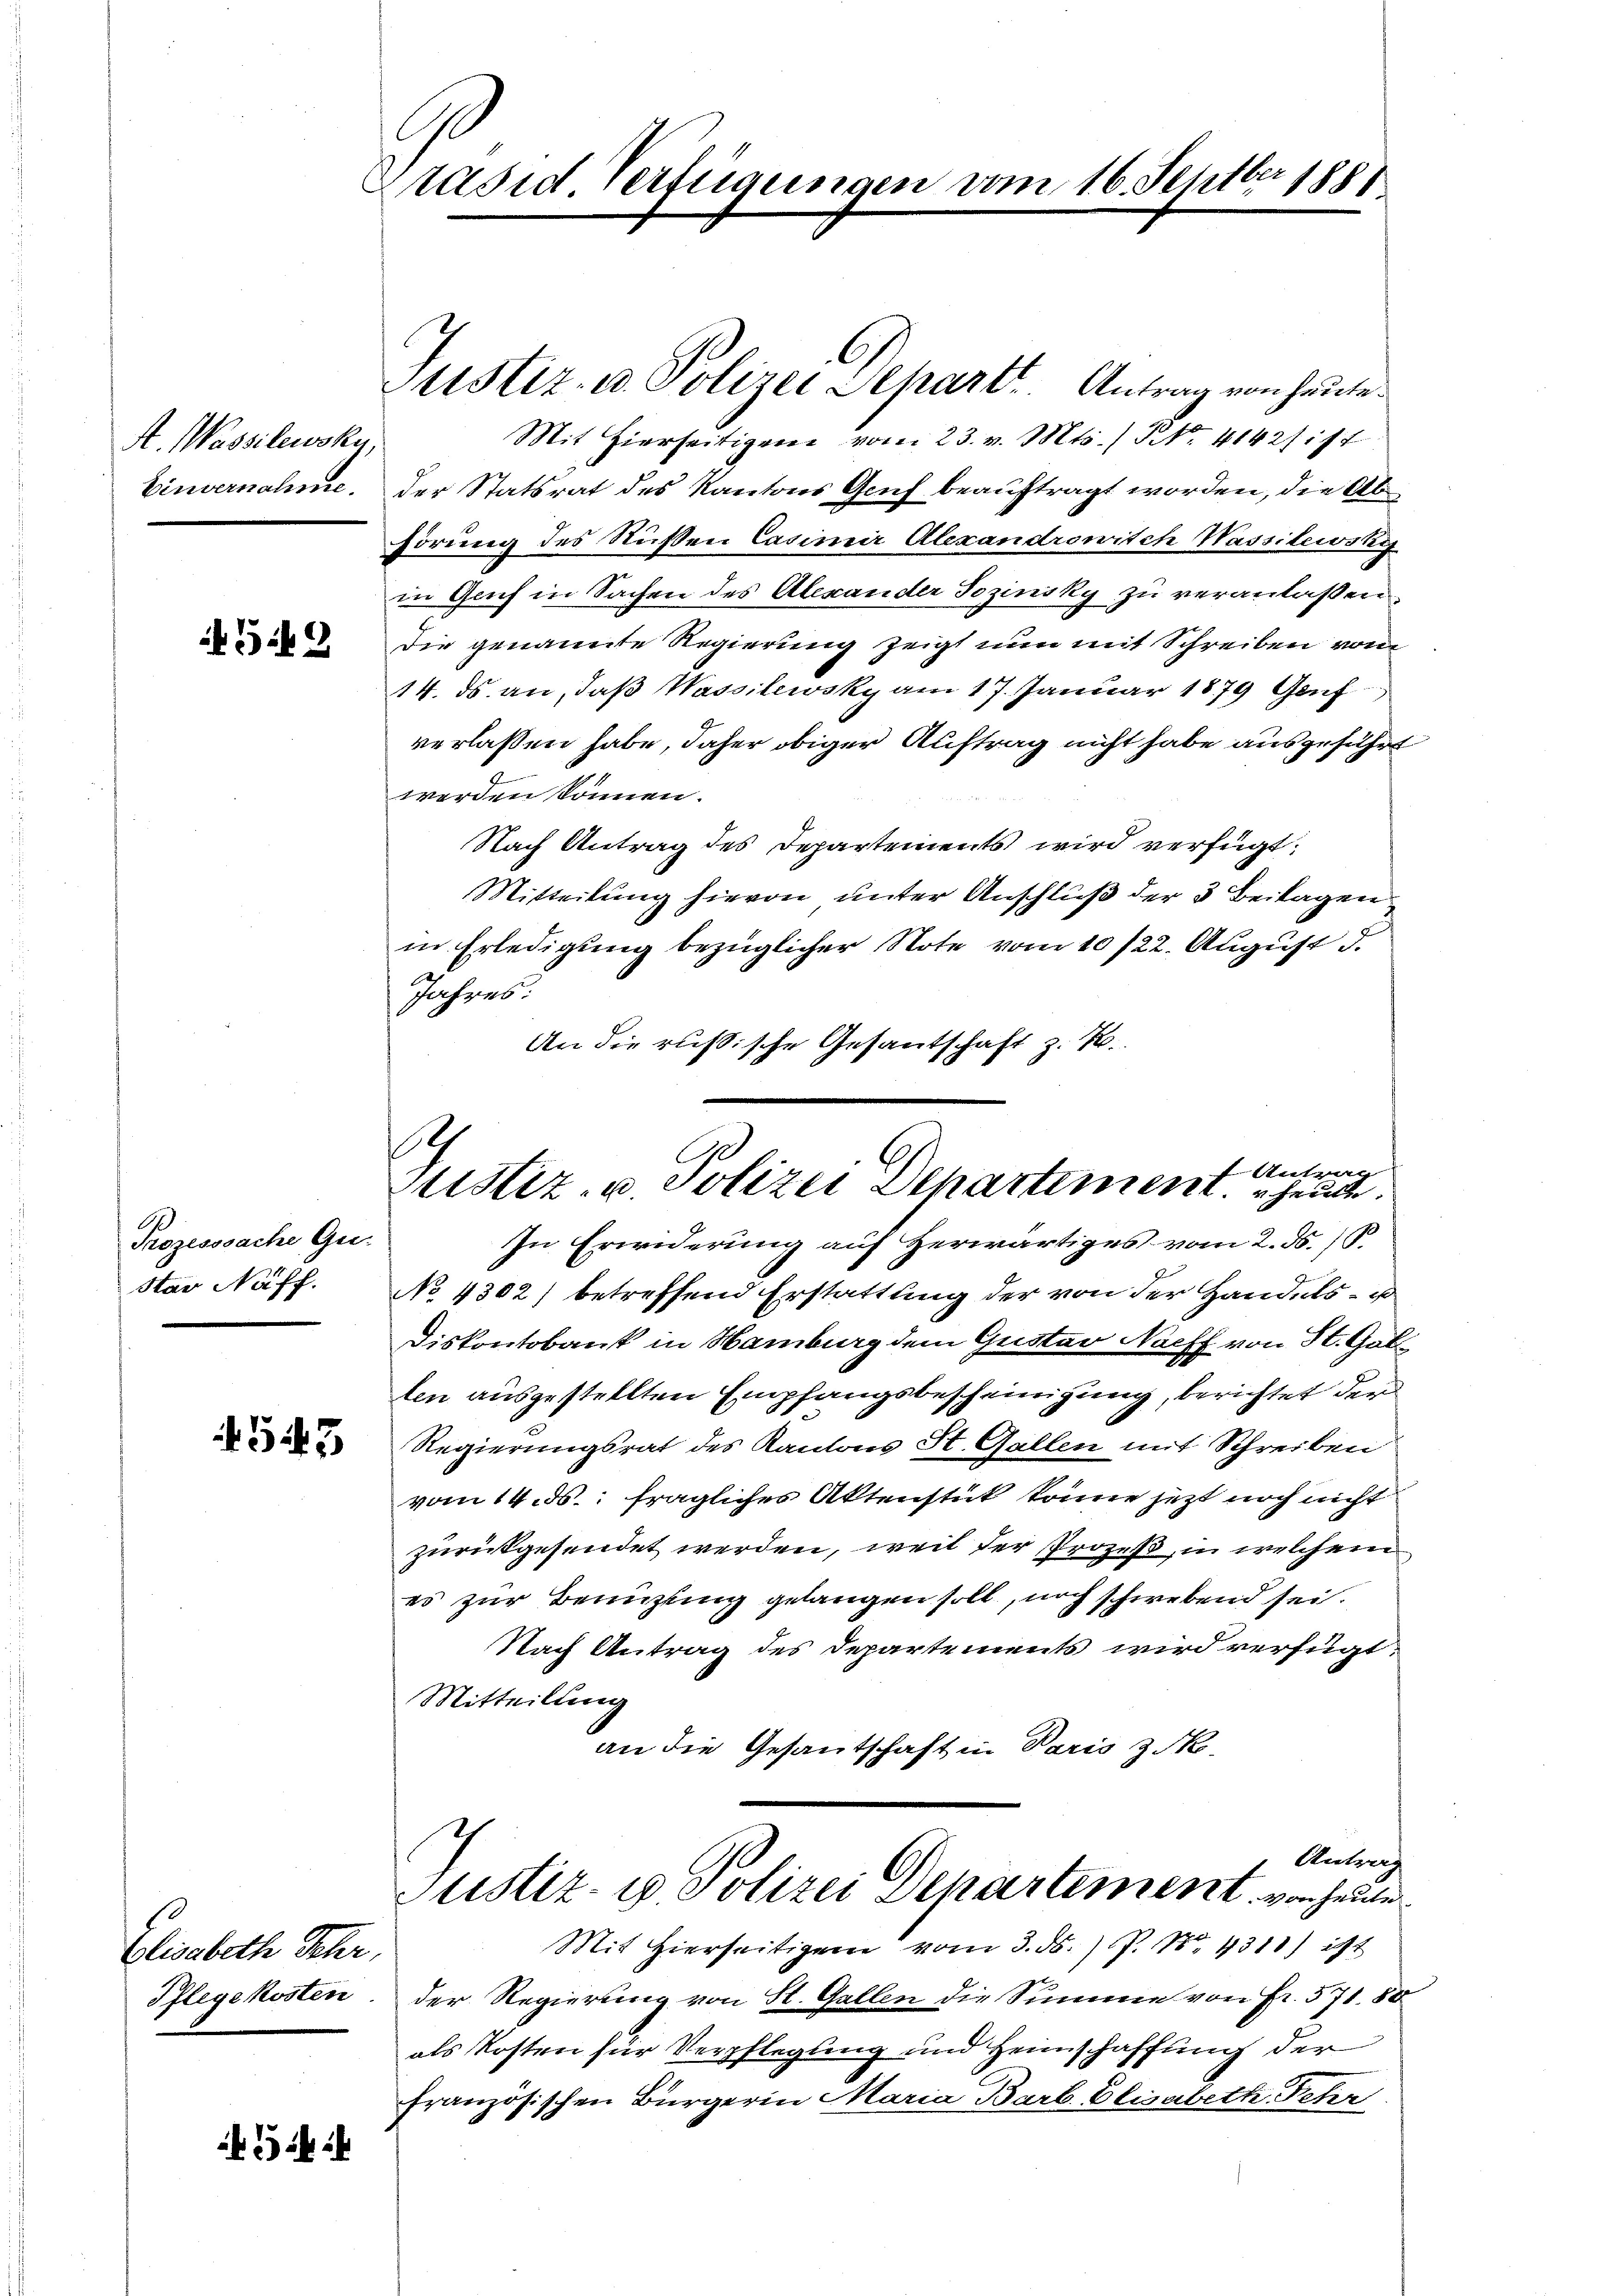
A. Wassilewsky,

542

Prozesssache Gui-
Star Näff.

Elisabeth Schr

Präsid verfügungen vom 16. Septbr 1881

l
Justiz- u. Polizei Separt. Antrag von heute
Mit hierseitigen vom 23. v. Mts. No. 4842 ist
Einvernahme. Der Statsrat des Kantons Genf beauftragt worden, die Abhörung des Nüßen Casimir Alexandrowitch Wassilewsky
in Genf in Sachen des Alexander Sozinsky zu veranlaßen
Die genannte Regierung zeigt nun mit Schreiben vom
14. ds. an, daß Wassilewsky am 17. Januar 1879 Genf
verlassen habe, daher obiger Auftrag nicht habe ausgeführt
werden können.
Nach Antrag des Departements wird verfügt:
Mitteilŭng hievon unter Anschlŭβ der 3 Beilagen
in Erledigung bezüglicher Note vom 10/22. August d.
Jahres:
An die russische Gesantschaft z. B.

.
Antrag
ustiz- u. Polizei Departement. Heute.

In Erwiderung auf Herwärtiges vom 2. ds. S.
No 4302) betreffend Erstattung der von der Handels- u
Diskontobank in Hamburg dem Gustav Naeff von St. Gal
ten ausgestellten Empfangsbescheinigung, berichtet der
 Regierungsrat des Kantons St. Gallen mit Schreiben
vom 14. ds. fragliches Aktenstück könne jetzt noch nicht
zurückgesendet werden, weil der Prozeß, in welchem
es zur Benutzung gelangen soll, noch schwebend sei.
Nach Antrag des Departements wird verfügt:
Mitteilung
an die Gesantschaft in Paris z. B.
Antrag
Justiz- u. Polizei Departement von heute
Mit Hierseitigen vom 3. d. P. Nr. 4311) ist
Pflegekosten. Der Regierung von St. Gallen die Summe von Fr. 571. 80
als Kosten für Verpflegung und Heimschaffung der
französischen Bürgerin Maria Barb. Elisabeth Fehr